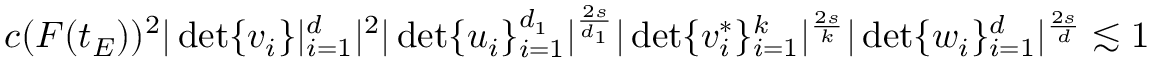
c ( F ( t _ { E } ) ) ^ { 2 } | \operatorname* { d e t } \{ v _ { i } \} | _ { i = 1 } ^ { d } | ^ { 2 } | \operatorname* { d e t } \{ u _ { i } \} _ { i = 1 } ^ { d _ { 1 } } | ^ { \frac { 2 s } { d _ { 1 } } } | \operatorname* { d e t } \{ v _ { i } ^ { * } \} _ { i = 1 } ^ { k } | ^ { \frac { 2 s } { k } } | \operatorname* { d e t } \{ w _ { i } \} _ { i = 1 } ^ { d } | ^ { \frac { 2 s } { d } } \lesssim 1